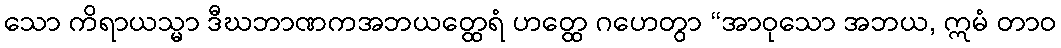
သော ကိရာယသ္မာ ဒီဃဘာဏကအဘယတ္ထေရံ ဟတ္ထေ ဂဟေတွာ “အာဝုသော အဘယ, ဣမံ တာဝ